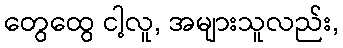
တွေထွေ ငါ့လူ, အများသူလည်း,